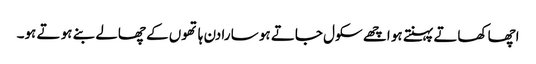
اچھا کھاتے پہنتے ہو اچھے سکول جاتے ہو سا رادن ہا تھوں کے چھالے بنے ہو تے ہو۔